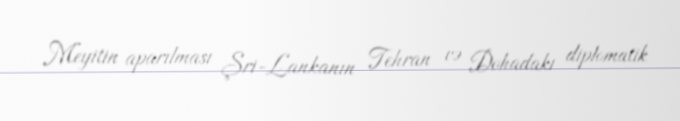
Meyitin aparılması Şri-Lankanın Tehran və Dohadakı diplomatik